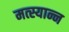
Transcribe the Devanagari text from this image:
मत्स्यान्न